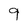
Character: 9